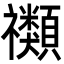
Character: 禷